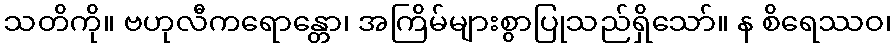
သတိကို။ ဗဟုလီကရောန္တော၊ အကြိမ်များစွာပြုသည်ရှိသော်။ န စိရေဿဝ၊